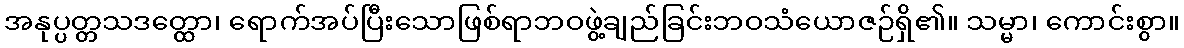
အနုပ္ပတ္တသဒတ္ထော၊ ရောက်အပ်ပြီးသောဖြစ်ရာဘဝဖွဲ့ချည်ခြင်းဘဝသံယောဇဉ်ရှိ၏။ သမ္မာ၊ ကောင်းစွာ။